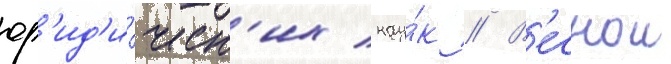
юр'ид'и́ческ'их нау́к // В'еснои